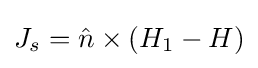
J_{s}={\hat {n}}\times (H_{1}-H)